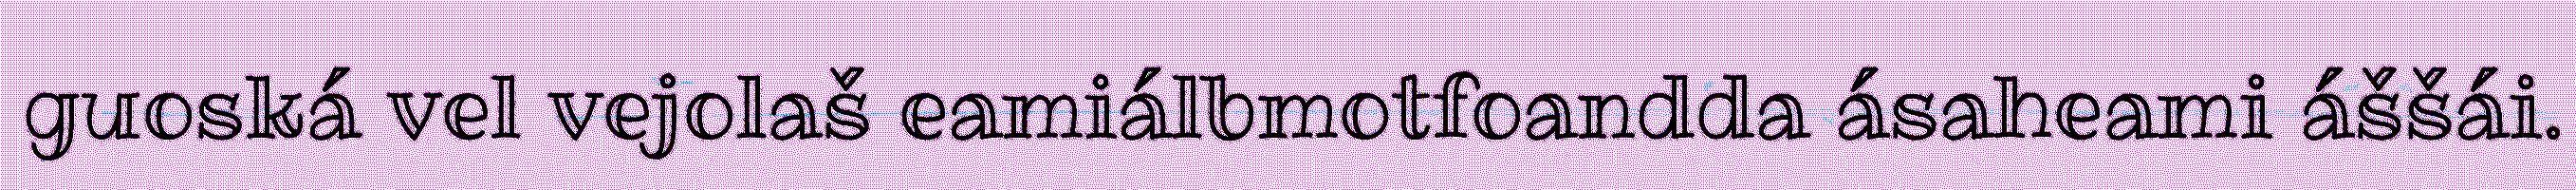
guoská vel vejolaš eamiálbmotfoandda ásaheami áššái.